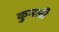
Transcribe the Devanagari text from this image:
कुमली